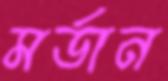
মর্ডান